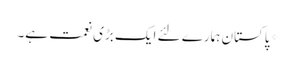
*پاکستان ہمارے لئے ایک بڑی نعمت ہے۔